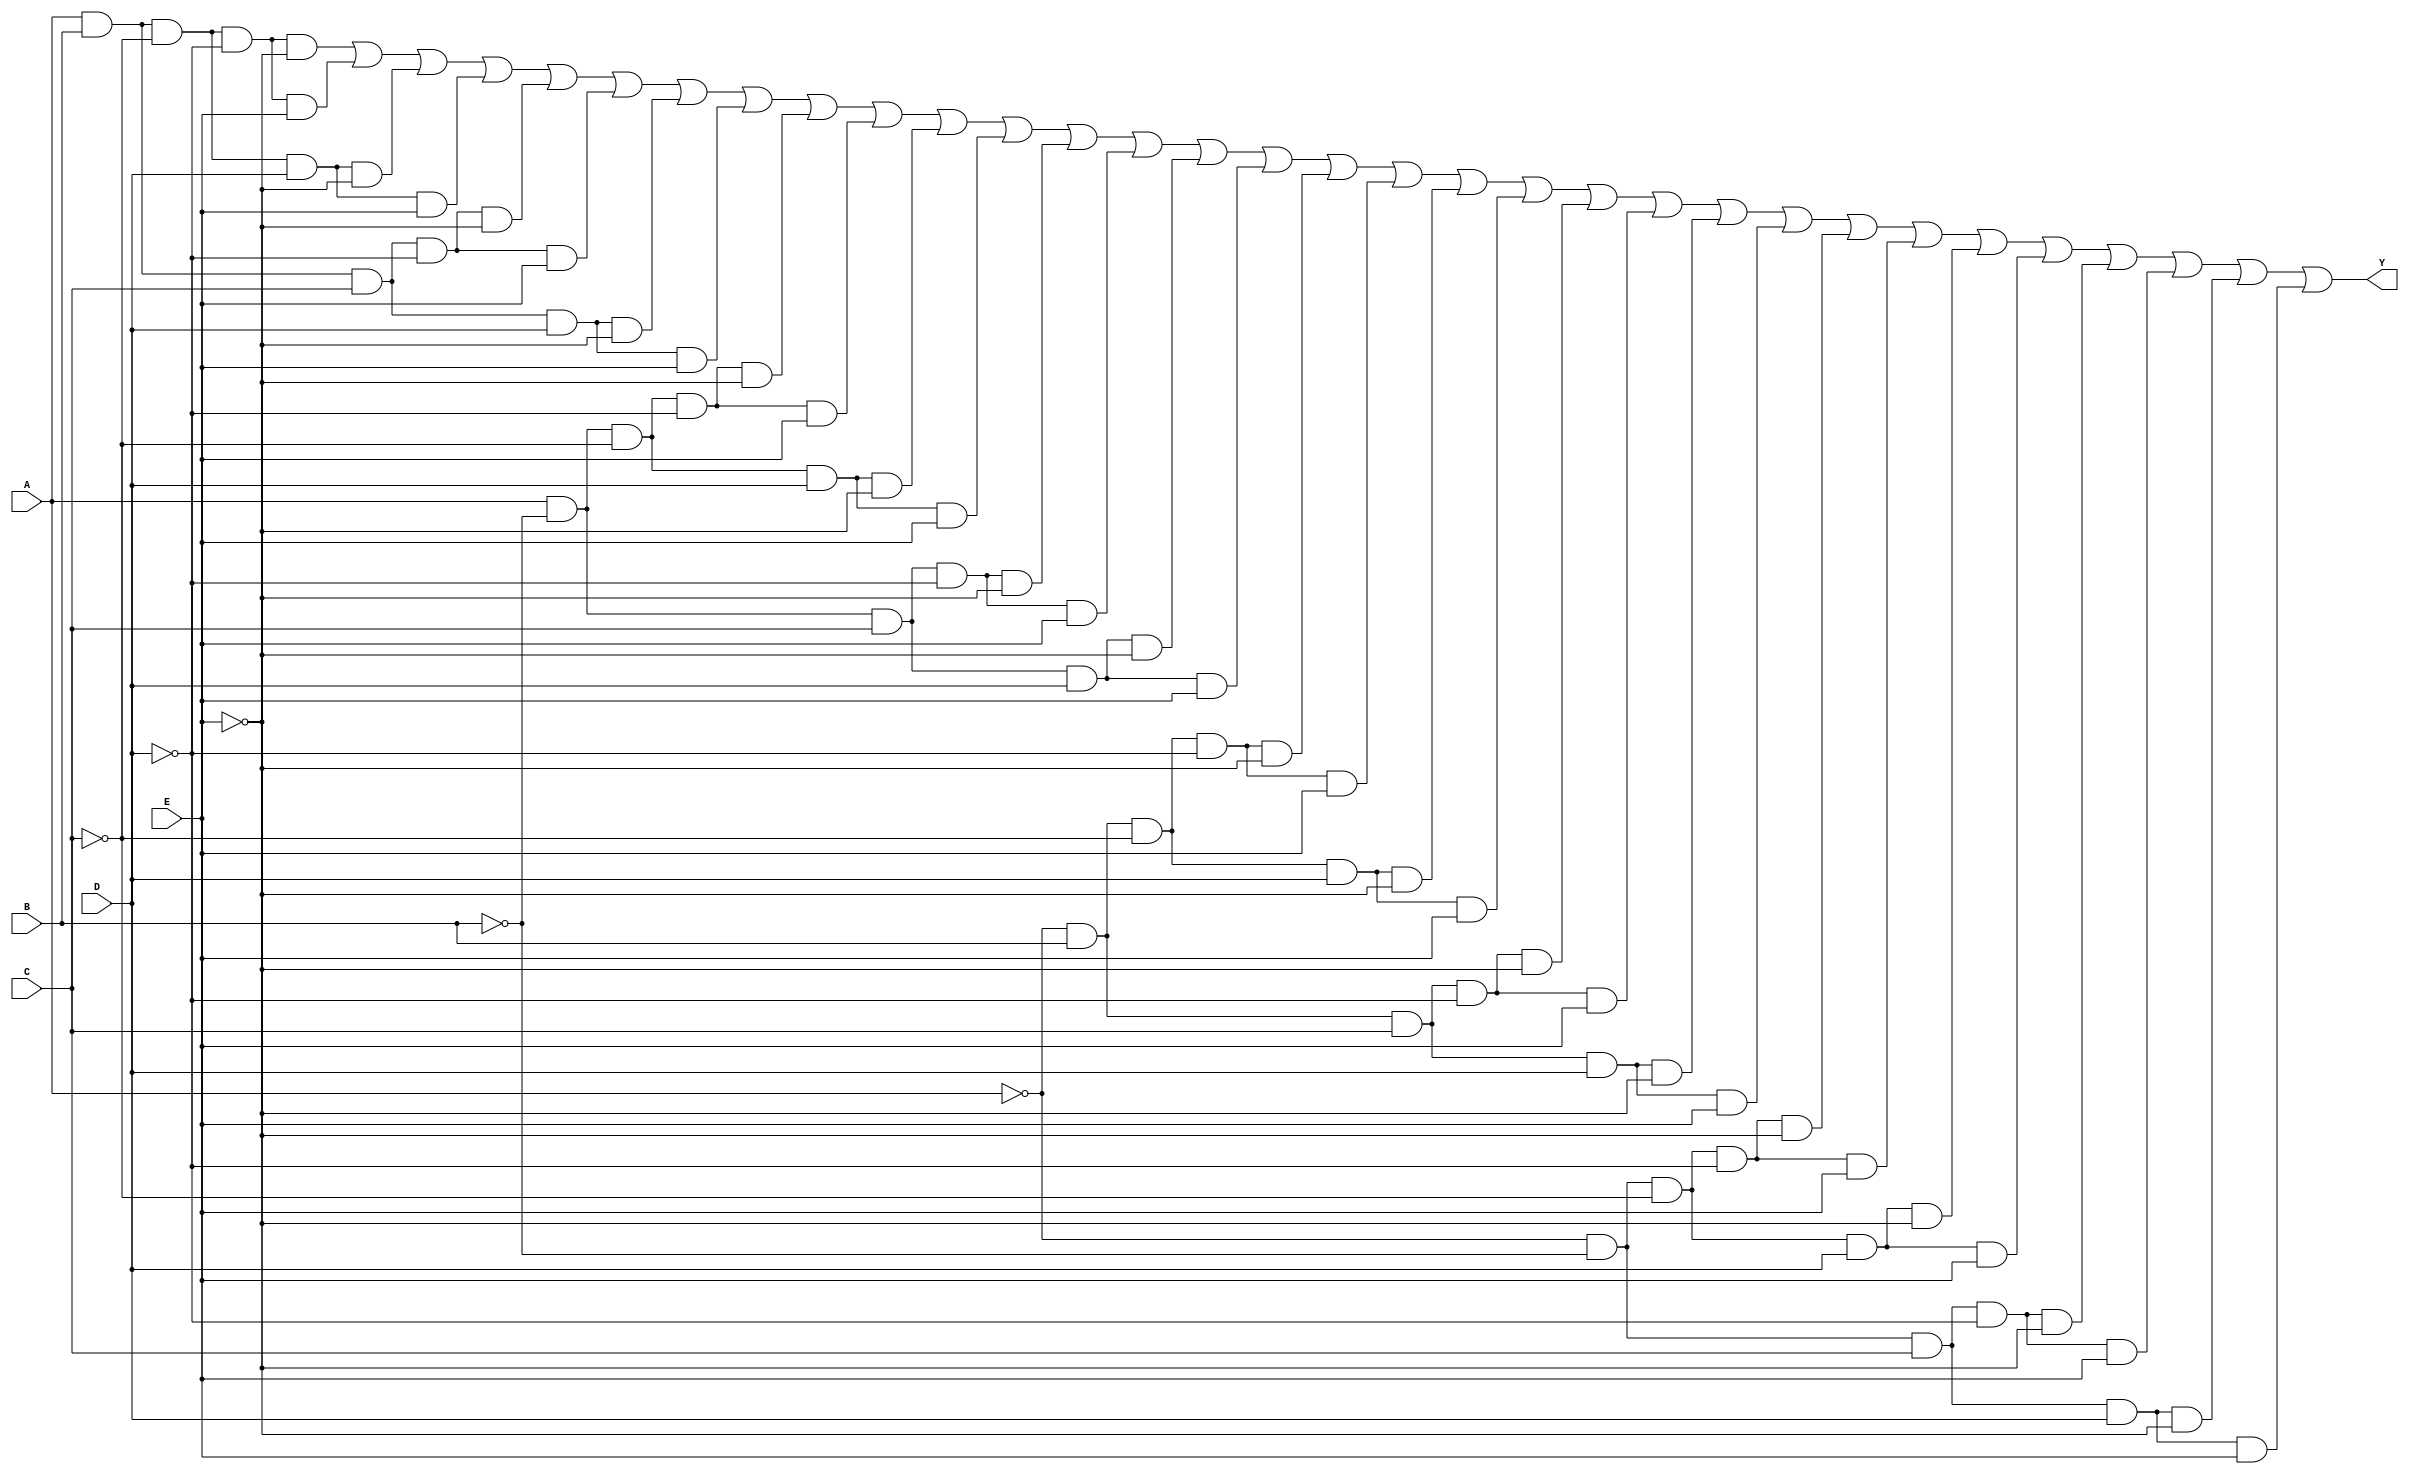
module five_variable_kmap (
    input wire A,      // Input variable A
    input wire B,      // Input variable B
    input wire C,      // Input variable C
    input wire D,      // Input variable D
    input wire E,      // Input variable E
    output wire Y      // Output Y
);

// K-map implementation using a combinational logic approach
// The K-map is defined based on the specific minterms that are 1
// You can modify the minterms based on your specific K-map grouping

assign Y = 
    // Minterms that correspond to the '1' cells in the K-map
    (A & B & ~C & ~D & ~E) | // Minterm 0
    (A & B & ~C & ~D & E)  | // Minterm 1
    (A & B & ~C & D & ~E)  | // Minterm 2
    (A & B & ~C & D & E)   | // Minterm 3
    (A & B & C & ~D & ~E)  | // Minterm 4
    (A & B & C & ~D & E)   | // Minterm 5
    (A & B & C & D & ~E)   | // Minterm 6
    (A & B & C & D & E)    | // Minterm 7
    (A & ~B & ~C & ~D & ~E) | // Minterm 8
    (A & ~B & ~C & ~D & E)  | // Minterm 9
    (A & ~B & ~C & D & ~E)  | // Minterm 10
    (A & ~B & ~C & D & E)   | // Minterm 11
    (A & ~B & C & ~D & ~E)  | // Minterm 12
    (A & ~B & C & ~D & E)   | // Minterm 13
    (A & ~B & C & D & ~E)   | // Minterm 14
    (A & ~B & C & D & E)    | // Minterm 15
    (~A & B & ~C & ~D & ~E) | // Minterm 16
    (~A & B & ~C & ~D & E)  | // Minterm 17
    (~A & B & ~C & D & ~E)  | // Minterm 18
    (~A & B & ~C & D & E)   | // Minterm 19
    (~A & B & C & ~D & ~E)  | // Minterm 20
    (~A & B & C & ~D & E)   | // Minterm 21
    (~A & B & C & D & ~E)   | // Minterm 22
    (~A & B & C & D & E)    | // Minterm 23
    (~A & ~B & ~C & ~D & ~E) | // Minterm 24
    (~A & ~B & ~C & ~D & E)  | // Minterm 25
    (~A & ~B & ~C & D & ~E)  | // Minterm 26
    (~A & ~B & ~C & D & E)   | // Minterm 27
    (~A & ~B & C & ~D & ~E)  | // Minterm 28
    (~A & ~B & C & ~D & E)   | // Minterm 29
    (~A & ~B & C & D & ~E)   | // Minterm 30
    (~A & ~B & C & D & E);   // Minterm 31

endmodule